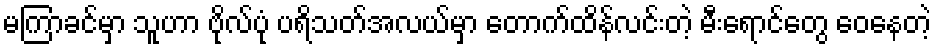
မကြာခင်မှာ သူဟာ ဗိုလ်ပုံ ပရိသတ်အလယ်မှာ တောက်ထိန်လင်းတဲ့ မီးရောင်တွေ ဝေနေတဲ့